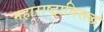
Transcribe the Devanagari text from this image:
महाराष्ट्राविरूद्ध